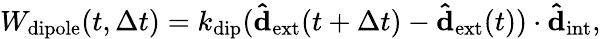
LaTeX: \begin{array}{r}{W_{\mathrm{dipole}}(t,{\Delta}t)=k_{\mathrm{dip}}(\mathbf{\hat{d}_{\mathrm{ext}}}(t+{\Delta}t)-\mathbf{\hat{d}_{\mathrm{ext}}}(t))\cdot\mathbf{\hat{d}_{\mathrm{int}}},}\end{array}